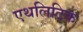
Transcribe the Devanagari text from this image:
एथलिटिक